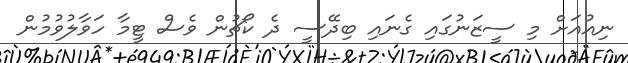
ނިއުއަށް މި ސީޒަނުގައި ގެނައި ބިދޭސީ ދެ ކޯޗުން ވެސް ޓީމާ ހަވާލުވުމުން